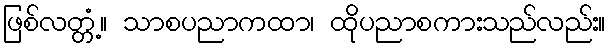
ဖြစ်လတ္တံ့။ သာစပညာကထာ၊ ထိုပညာစကားသည်လည်း။